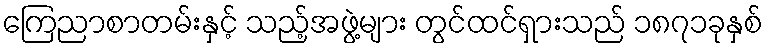
ကြေညာစာတမ်းနှင့် သည့်အဖွဲ့များ တွင်ထင်ရှားသည် ၁၈၇၁ခုနှစ်